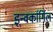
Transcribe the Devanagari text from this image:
इन्वर्कार्गिल